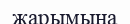
жарымына